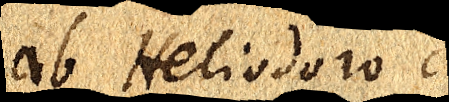
ab Heliodoro cur